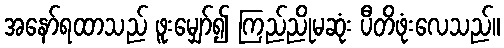
အနော်ရထာသည် ဖူးမျှော်၍ ကြည်ညိုမဆုံး ပီတိဖုံးလေသည်။